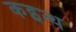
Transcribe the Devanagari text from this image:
कइत्थ